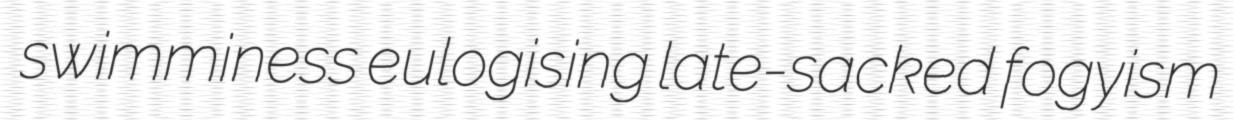
swimminess eulogising late-sacked fogyism